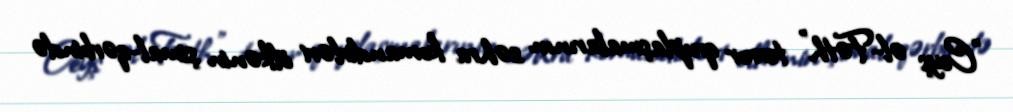
"Ceyş əl-Fəth" terror qruplaşmalarının səhra komandirləri ölkənin şimal-qərbində